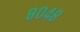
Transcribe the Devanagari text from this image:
८०४८